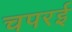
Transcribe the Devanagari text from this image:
चपरई